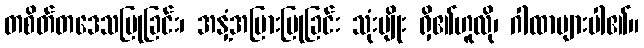
တစိတ်တဒေသပြုခြင်း၊ အနှံ့အပြားပြုခြင်း သုံးမျိုး ရှိ၏ဟူလို၊ ဂါထာများပါ၏။